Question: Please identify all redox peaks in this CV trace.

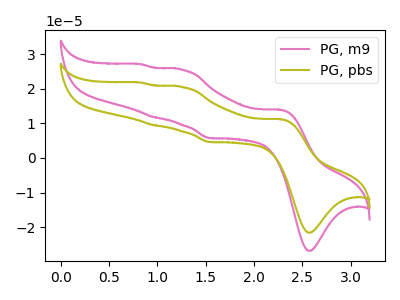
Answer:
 <answer>The pink curve "PG, m9" has anodic peaks at (2.25V, 13.95uA) (1.25V, 25.55uA) (0.95V, 11.80uA) (0.80V, 27.10uA) and cathodic peaks at (2.60V, -26.85uA) (1.55V, 5.75uA). The olive curve "PG, pbs" has anodic peaks at (2.25V, 11.20uA) (1.25V, 20.55uA) (0.95V, 9.50uA) (0.80V, 21.80uA) and cathodic peaks at (2.60V, -21.60uA) (1.55V, 4.60uA).</answer>
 <eval></eval>